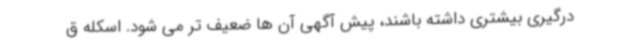
درگیری بیشتری داشته باشند، پیش آگهی آن ها ضعیف تر می شود. اسکله ق